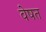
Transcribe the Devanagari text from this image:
वेषत